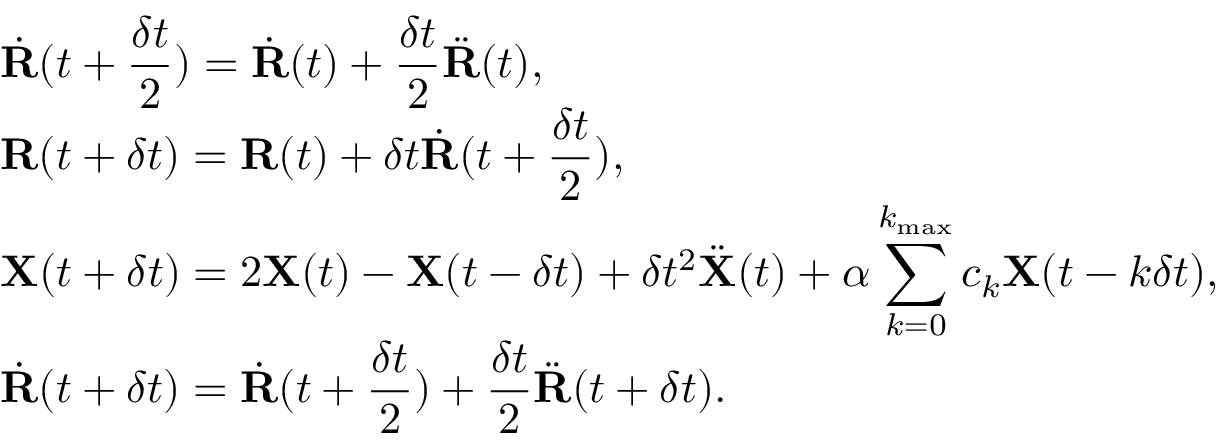
\begin{array} { l } { { \displaystyle { { \dot { \bf R } } } ( t + \frac { \delta t } { 2 } ) = { { \dot { \bf R } } } ( t ) + \frac { \delta t } { 2 } { { \ddot { \bf R } } } ( t ) } , \ ~ } \\ { { \displaystyle { { \bf R } } ( t + \delta t ) = { { \bf R } } ( t ) + \delta t { { \dot { \bf R } } } ( t + \frac { \delta t } { 2 } ) } , \ ~ } \\ { { \displaystyle { \bf X } ( t + \delta t ) = 2 { \bf X } ( t ) - { \bf X } ( t - \delta t ) + \delta t ^ { 2 } { \ddot { \bf X } } ( t ) + \alpha \sum _ { k = 0 } ^ { k _ { \mathrm { m a x } } } c _ { k } { \bf X } ( t - k \delta t ) } , \ ~ } \\ { { \displaystyle { { \dot { \bf R } } } ( t + \delta t ) = { { \dot { \bf R } } } ( t + \frac { \delta t } { 2 } ) + \frac { \delta t } { 2 } { { \ddot { \bf R } } } ( t + \delta t ) } . } \end{array}